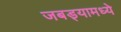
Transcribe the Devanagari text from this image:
जबड्यामध्ये